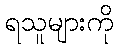
ရသူများကို